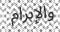
والإبرام